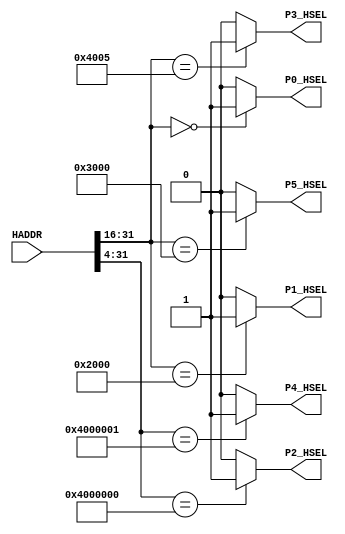
module AHBlite_Decoder
#(
    /*RAMCODE enable parameter*/
    parameter Port0_en = 1,
    /************************/

    /*RAMDATA enable parameter*/
    parameter Port1_en = 1,
    /************************/

    /*Keyboard enable parameter*/
    parameter Port2_en = 1,
    /************************/

    /*LCD enable parameter*/
    parameter Port3_en = 1,
    /************************/

    /*Buzzermusic enable parameter*/
    parameter Port4_en = 1,
    /************************/

    /*APB enable parameter*/
    parameter Port5_en = 1
    /************************/
)(
    input [31:0] HADDR,

    /*RAMCODE OUTPUT SELECTION SIGNAL*/
    output wire P0_HSEL,

    /*Keyboard OUTPUT SELECTION SIGNAL*/
    output wire P1_HSEL,

    /*RAMDATA OUTPUT SELECTION SIGNAL*/
    output wire P2_HSEL,

    /*LCD OUTPUT SELECTION SIGNAL*/
    output wire P3_HSEL,

    /*Buzzermusic OUTPUT SELECTION SIGNAL*/ 
    output wire P4_HSEL,

    /*APB OUTPUT SELECTION SIGNAL*/ 
    output wire P5_HSEL      
);

//RAMCODE-----------------------------------

//0x00000000-0x0000ffff
/*Insert RAMCODE decoder code there*/
assign P0_HSEL = (HADDR[31:16] == 16'h0000) ? Port0_en : 1'b0; 
/***********************************/

//RAMDATA-----------------------------

//0X20000000-0X2000FFFF
/*Insert RAMDATA decoder code there*/
assign P1_HSEL = (HADDR[31:16] == 16'h2000) ? Port1_en : 1'b0; 
/***********************************/

//PERIPHRAL-----------------------------

//0X40000000 key_data/key_clear
/*Insert Keyboard decoder code there*/
assign P2_HSEL = (HADDR[31:4] == 28'h4000000) ? Port2_en : 1'b0; 
/***********************************/

//0X40050000 LCD 
/*Insert LCD decoder code there*/
assign P3_HSEL = (HADDR[31:16] == 16'h4005)   ? Port3_en : 1'b0;
/***********************************/

//0X40000010 Buzzermusic select and en
/*Insert Buzzermusic decoder code there*/
assign P4_HSEL = (HADDR[31:4] == 28'h4000001) ? Port4_en : 1'b0;
/***********************************/

//0X30000000 APB select and en
/*Insert Buzzermusic decoder code there*/
assign P5_HSEL = (HADDR[31:16] == 16'h3000) ? Port5_en : 1'b0;
/***********************************/
endmodule